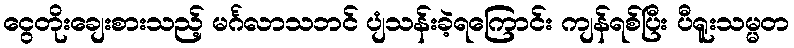
ငွေတိုးချေးစားသည့် မင်္ဂလာသဘင် ပျံသန်းခဲ့ရကြောင်း ကျန်ရစ်ပြီး ပီရူးသမ္မတ